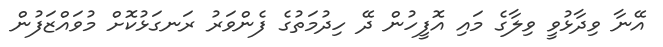
އޭނާ ވިދާޅުވީ ވިލާގެ މައި އޮފީހުން ދޭ ހިދުމަތުގެ ފެންވަރު ރަނގަޅުކޮށް މުވައްޒަފުން